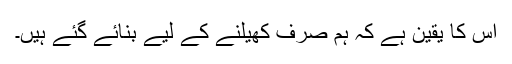
اس کا یقین ہے کہ ہم صرف کھیلنے کے لیے بنائے گئے ہیں۔